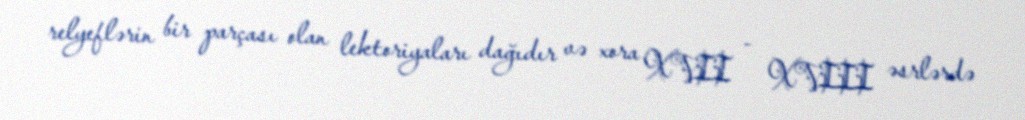
relyeflərin bir parçası olan lektoriyaları dağıdır və xora XVII - XVIII əsrlərdə